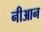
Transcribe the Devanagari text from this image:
नीआन